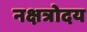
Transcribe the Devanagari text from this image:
नक्षत्रोदय